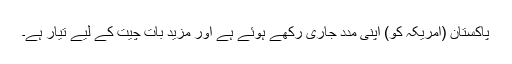
پاکستان (امریکہ کو) اپنی مدد جاری رکھے ہوئے ہے اور مزید بات چیت کے لیے تیار ہے۔